Vaccination North-Western Provinces 1866-1877 - 1866-1877
Year: 1866
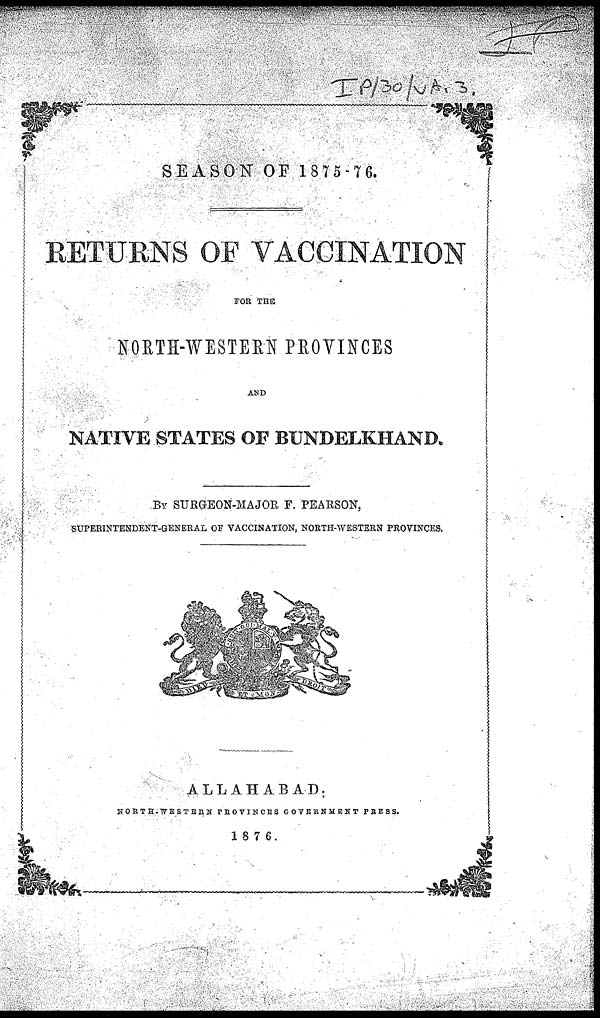
SEASON OF 1875-7 6.
RETURNS OF VACCINATION
FOR THE
NORTH-WESTERN PROVINCES
AND
NATIVE STATES OF BUNDELKHAND.
BY SURGEON-MAJOR F. PEARSON,
SUPERINTENDENT-GENERAL OF VACCINATION, NORTH-WESTERN PROVINCES.
ALLAHABAD:
NORTH-WESTERN PROVINCES GOVERNMENT PRESS.
1876.